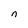
Character: n